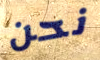
نحن